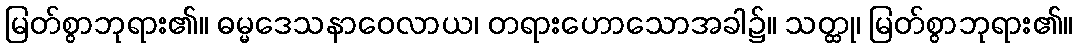
မြတ်စွာဘုရား၏။ ဓမ္မဒေသနာဝေလာယ၊ တရားဟောသောအခါ၌။ သတ္ထု၊ မြတ်စွာဘုရား၏။